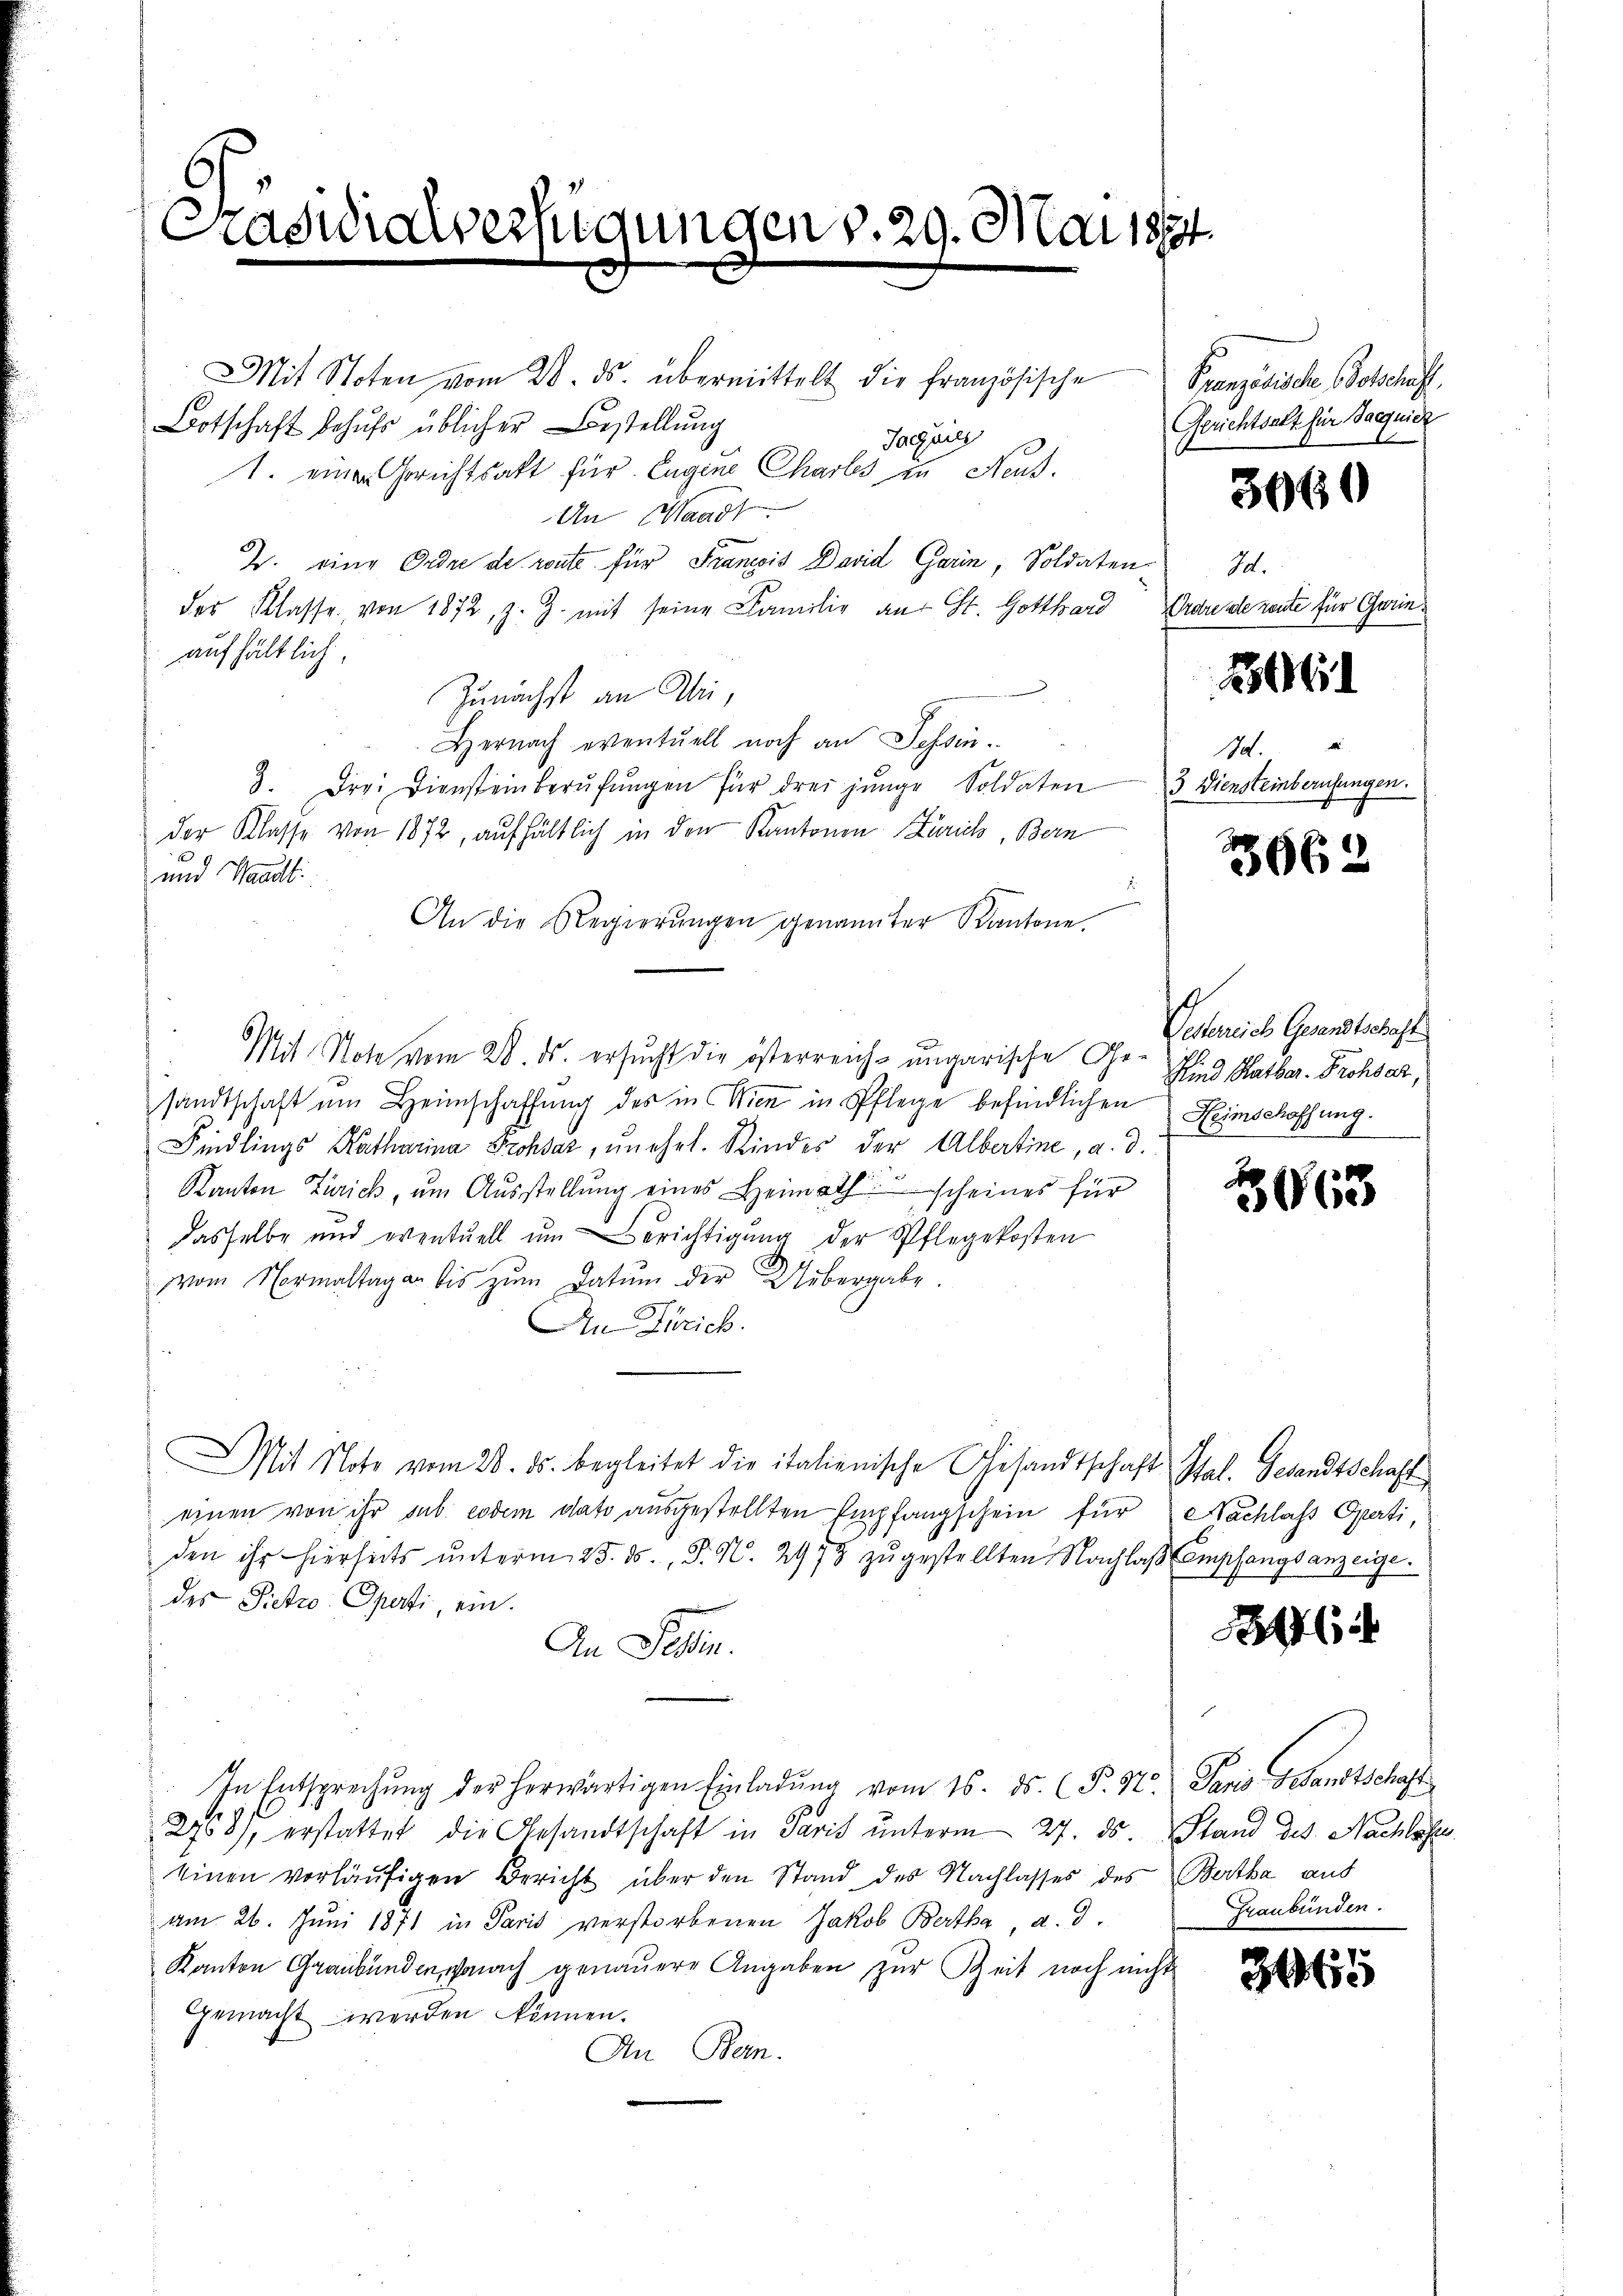
Präsidialverfügungen v. 29. Mai 1874.

Mit Stoten vom 20. ds. übermittelt die französische
Botschaft behufs üblicher Bestellung
Jagnies
1. einer Gerichtsakt für Eugene Chartes in Neut¬
An Waadt
J. eine Ordre de mute für Francois David Garn, Soldaten.
der Klasse von 1872, z. Z. mit seine Familie an St. Gotthard
aufhältlich.
Zunächst an Wei¬
Hernach eventuell noch an Tessin.
3. Drei Diensteinberŭfŭngen für drei jünge Soldaten 3 Diensteinberufungen.
der Klasse von 1872, aufhältlich in den Kantonen Zürich, Bern
und Waadtli
J
An die Regierŭngen genannter Kantone.
Mit Note vom 28. ds. ersucht die österreich-ungarische Ge- sind Halber. Prohses,
sandtschaft im Heimschaffŭng des in Wien in Pflege befindlichen Heimschaffung.
Findlings Katharina Frohsaz, unehel. Kindes der Albertine, a. d.
Kanton Zürich, um Aŭsstellŭng eines Heimathscheines für
dasselbe und eventuell ŭm erichtigŭng der Pflegekosten
vom Normaltagen bis zŭm Datum der Uebergabe.
An Zürich.
Mit Note vom 28. ds. begleitet die italienische Gesandtschaft Sal. Gesandtschaft
einen von ihr sub eodem dato ausgestellten Empfangschein für Nachlass Operti,
den ihr hierseits ŭnterm 25. ds. S. N. 2979 zŭgestellten Nachlaβ Empfangsanzeige.
des Pietro Operti, ein.
An Tessin.
In Entsprechŭng der herwärtigen Einladŭng vom 16. ds. (T. St. Paris Gesandtschaft
2758), erstattet die Gesandtschaft in Paris ŭnterm 27. ds. Stand des Nachlass
einen vorläŭfigen Bericht über den Stand des Nachlasses des Bertha aus
am 26. Juni 1871 in Paris verstorbenen Jakob Bertha a.d.
Kanton Graubünden, wonach genauere Angaben zur Zeit noch nicht
Gemacht werden können.
An Bern.

Französische Botschaft,
Gerichtsalt für Sacquiez

3060

M.
Ordre de reute für Gerin¬
M.

206

3662

Vesterreich Gesandtschaft

r
3063

6

Graubünden.

3165